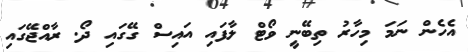
އެހެން ނަމަ މިހާރު ތިބޭނީ ވޯޓް ލާފައި އައިސް ގޭގައި ދޯ. ރާއްޖޭގައި